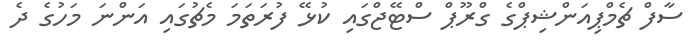
ސާފް ޗެމްޕިއަންޝިޕްގެ ގްރޫޕް ސްޓޭޖްގައި ކުޅޭ ފުރަތަމަ މެޗުގައި އަންނަ މަހުގެ ދެ